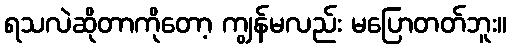
ရသလဲဆိုတာကိုတော့ ကျွန်မလည်း မပြောတတ်ဘူး။